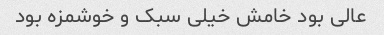
عالی بود خامش خیلی سبک و خوشمزه بود